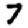
Digit: 7